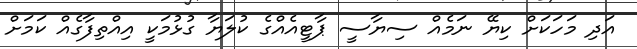
އަދި މަހަކަށް ކިޔޭ ނަމެއް ސިޔާސީ ޕާޓީއެއްގެ ކުލަޔާ ގުޅުމަކީ އިއްތިފާގެއް ކަމަށް